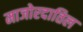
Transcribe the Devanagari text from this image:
माजोरदातिल